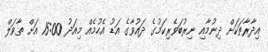
އިދާރާތަކަށް ދިނުމާއި ނިރުބަވެރިކަމުގެ ދައުވާގެ އަޑު އެހުމެއް މިއަދު 15:00 އަށް ތާވަލް